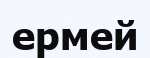
ермей